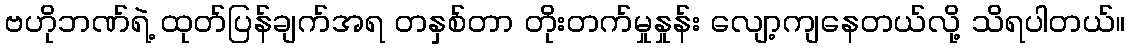
ဗဟိုဘဏ်ရဲ့ ထုတ်ပြန်ချက်အရ တနှစ်တာ တိုးတက်မှုနှုန်း လျော့ကျနေတယ်လို့ သိရပါတယ်။